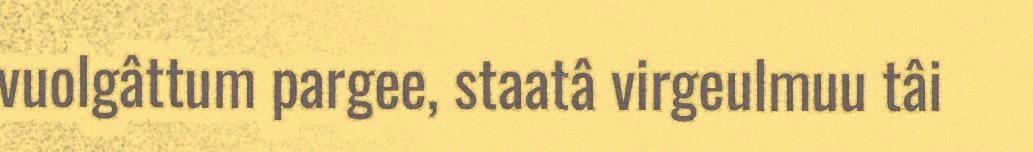
vuolgâttum pargee, staatâ virgeulmuu tâi